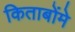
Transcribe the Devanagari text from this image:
किताबोंमे